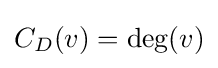
C_{D}(v)=\deg(v)